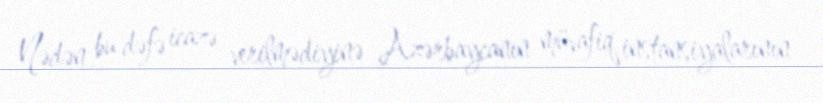
Nədən bu dəfə icazə verilmədiyinə Azərbaycanın müvafiq instansiyalarının